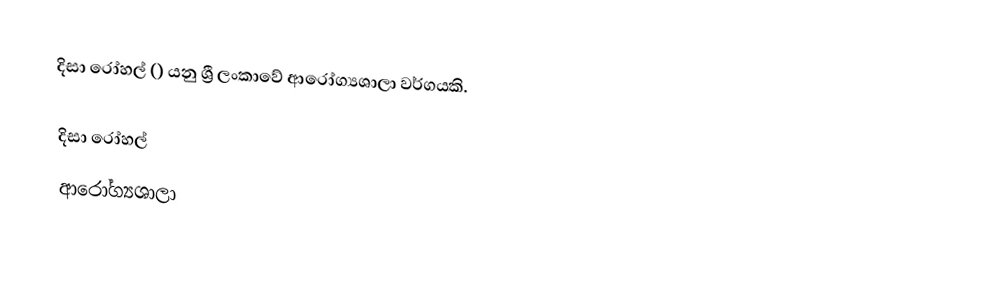
දිසා රෝහල් () යනු  ශ්‍රී ලංකාවේ ආරෝග්‍යශාලා වර්ගයකි.

දිසා රෝහල්
ආරෝග්‍යශාලා